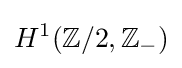
H^{1}(\mathbb {Z} /2,\mathbb {Z} _{-})